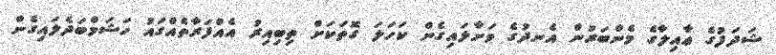
ޝަދަފުގެ ޢާއިލާގެ މެންބަރުން އެނދުގެ ވަށާލައިގެން ކަހަލަ ގޮތަކަށް ތިބިއިރު އެއްފަރާތެއްގައު ހަޝަމްބަދެލައިގެން